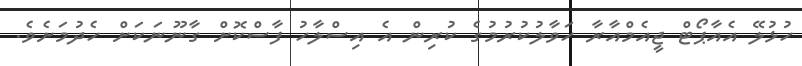
ހުޅުލޭ އެއާޕޯޓް ޖީއެމްއާރާ ހަވާލުކުރުމުގެ ކުރިން އެ އިސްލާހު ފާސްކޮށް ގާނޫނަކަށް ހެދުމަށެވެ.